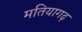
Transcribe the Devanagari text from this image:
मतियागढ़